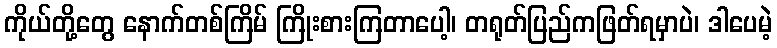
ကိုယ်တို့တွေ နောက်တစ်ကြိမ် ကြိုးစားကြတာပေါ့၊ တရုတ်ပြည်ကဖြတ်ရမှာပဲ၊ ဒါပေမဲ့